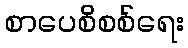
စာပေစိစစ်ရေး